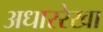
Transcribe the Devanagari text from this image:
अधाररेखा